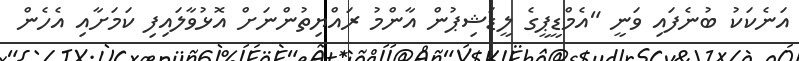
އަނެކަކު ބުނެފައި ވަނީ "އެމްޑީޕީގެ ލީޑަޝިޕުން އާންމު ރައްޔިތުންނަށް އޮޅުވާލައިފި ކަމަށާއި އެހެން